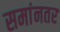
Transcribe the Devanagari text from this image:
समांनतर